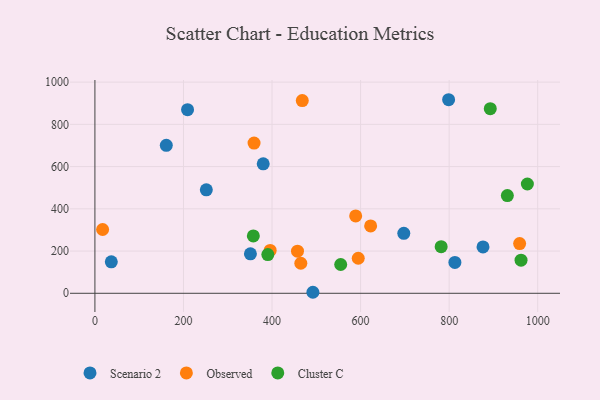
{"axis": {"x": "Study Hours", "y": "Profit"}, "legend": ["Cluster C", "Observed", "Scenario 2"], "data": [{"x": "697.6", "y": 284.1, "type": "Scenario 2"}, {"x": "161.2", "y": 700.7, "type": "Scenario 2"}, {"x": "380.1", "y": 613.0, "type": "Scenario 2"}, {"x": "251.6", "y": 489.8, "type": "Scenario 2"}, {"x": "798.8", "y": 916.6, "type": "Scenario 2"}, {"x": "813.0", "y": 146.2, "type": "Scenario 2"}, {"x": "351.2", "y": 186.7, "type": "Scenario 2"}, {"x": "209.2", "y": 869.6, "type": "Scenario 2"}, {"x": "876.5", "y": 219.5, "type": "Scenario 2"}, {"x": "37.0", "y": 149.1, "type": "Scenario 2"}, {"x": "492.3", "y": 4.8, "type": "Scenario 2"}, {"x": "588.9", "y": 366.5, "type": "Observed"}, {"x": "468.3", "y": 912.7, "type": "Observed"}, {"x": "359.4", "y": 711.5, "type": "Observed"}, {"x": "622.7", "y": 319.1, "type": "Observed"}, {"x": "465.0", "y": 142.2, "type": "Observed"}, {"x": "594.7", "y": 166.0, "type": "Observed"}, {"x": "959.2", "y": 235.5, "type": "Observed"}, {"x": "395.8", "y": 203.2, "type": "Observed"}, {"x": "457.5", "y": 199.2, "type": "Observed"}, {"x": "17.4", "y": 302.0, "type": "Observed"}, {"x": "976.7", "y": 517.5, "type": "Cluster C"}, {"x": "555.1", "y": 136.4, "type": "Cluster C"}, {"x": "931.5", "y": 462.7, "type": "Cluster C"}, {"x": "962.4", "y": 156.7, "type": "Cluster C"}, {"x": "782.0", "y": 220.6, "type": "Cluster C"}, {"x": "892.9", "y": 874.2, "type": "Cluster C"}, {"x": "357.8", "y": 271.6, "type": "Cluster C"}, {"x": "390.5", "y": 183.5, "type": "Cluster C"}]}